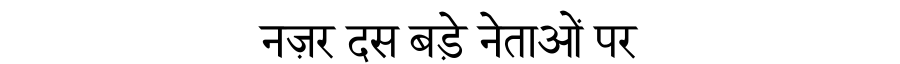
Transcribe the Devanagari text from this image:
नज़र दस बड़े नेताओं पर